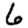
Digit: 6